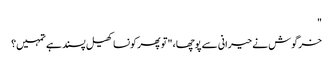
"
خرگوش نے حیرانی سے پوچھا، "تو پھر کونسا کھیل پسند ہے تمہیں؟